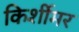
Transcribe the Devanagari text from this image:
किर्शीमर